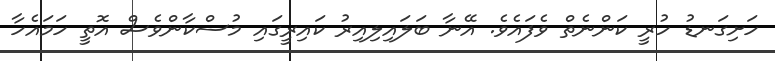
ހަށިގަނޑު ހުރީ ކަންނެތް ވެފައެވެ. އޭނާ ބަލައިލިއިރު ކައިރީގައި މުސްކާންވެސް އޮތީ ހަމައެހާ